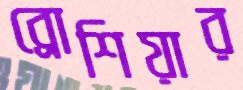
ব্রোশিয়ার